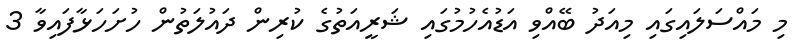
މި މައްސަލައިގައި މިއަދު ބޭއްވި އަޑުއެހުމުގައި ޝަރީއަތުގެ ކުރިން ދައުލަތުން ހުށަހަޅާފައިވާ 3